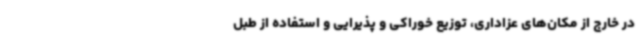
در خارج از مکان‌های عزاداری، توزیع خوراکی و پذیرایی و استفاده از طبل